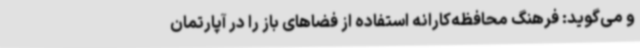
و می‌گوید: فرهنگ محافظه‌کارانه استفاده از فضاهای باز را در آپارتمان